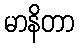
မာနိတာ